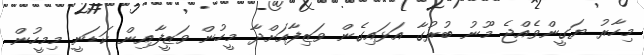
މިހާރު ޔަގީންވެއްޖެ މޫނު ބުރުގާ އަޅައިގެން ވަޒިފާއަށްދާ މީހުން ވަޒީފާއިން ކަޑަނީ މިމީހުން